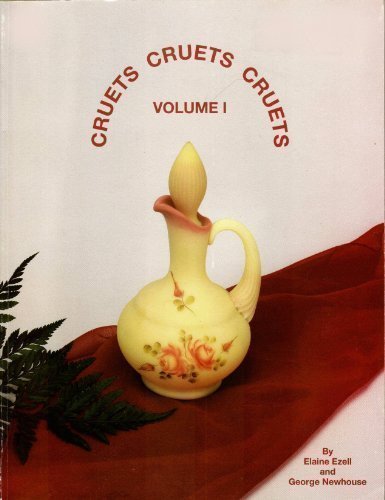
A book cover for Cruets Cruets Cruets Volume 1; Elaine Ezell; Crafts, Hobbies & Home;